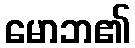
မောဘ၏